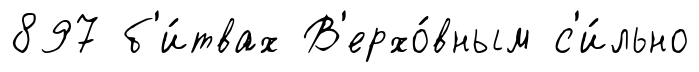
897 б'и́твах В'ерхо́вным с'и́льно